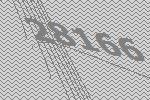
28166